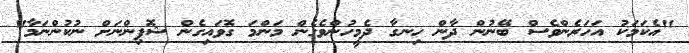
"އެކަމަކު އަހަރެންވެސް ބޭނުން ދާން ހިނގާ ދެމީހުންވެގެން މަންމަ ގޮވައިގެން ޝޮޕިންނަށް ނުކުންނަމާ"